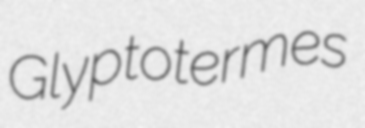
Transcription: Glyptotermes